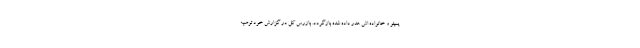
پمپئو و خانواده اش هدر داده شده بازگردد. بازرس کل در گزارش خود توصیه